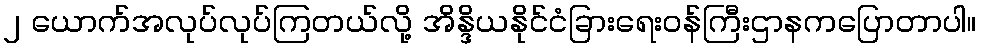
၂ ယောက်အလုပ်လုပ်ကြတယ်လို့ အိန္ဒိယနိုင်ငံခြားရေးဝန်ကြီးဌာနကပြောတာပါ။